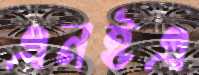
এনইএ